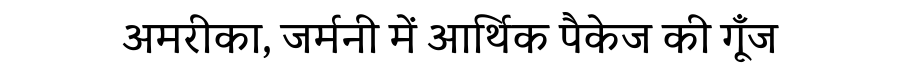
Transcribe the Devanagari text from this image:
अमरीका, जर्मनी में आर्थिक पैकेज की गूँज